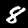
Digit: 8